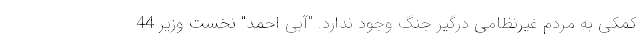
کمکی به مردم غیرنظامی درگیر جنگ وجود ندارد. "آبی احمد" نخست وزیر 44